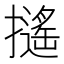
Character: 𢷫